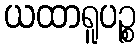
ယထာရူပဉ္စ